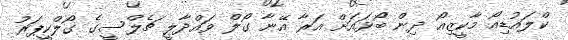
ކްލައުޑިއޯ މާކީޒިއޯ ދިން ބޯޅައަށް އަރާ އޭނާ ގޯލް ވައްދާލީ ޗެލްސީގެ ގޯލްކީޕަރު